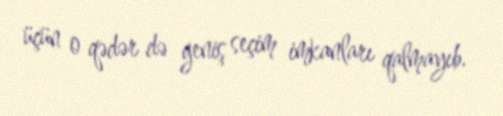
üçün o qədər də geniş seçim imkanları qalmayıb.